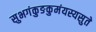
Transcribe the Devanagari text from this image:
सुभगंकुङकुमंयस्यसुते